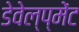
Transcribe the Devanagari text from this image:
डेवेल्प्मेंट